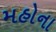
મહોના